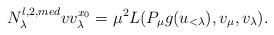
LaTeX: \begin{align*} N_\lambda^{l,2,med} v v_\lambda^{x_0} = \mu^2 L(P_{\mu} g(u_{<\lambda}), v_{\mu}, v_\lambda).\end{align*}